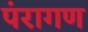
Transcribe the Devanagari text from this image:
पंरागण